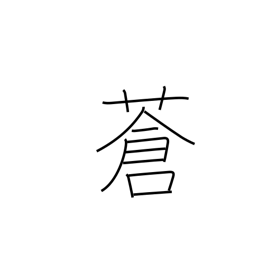
Meaning: pale